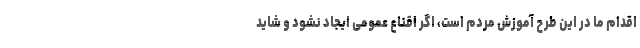
اقدام ما در این طرح آموزش مردم است، اگر اقناع عمومی ایجاد نشود و شاید